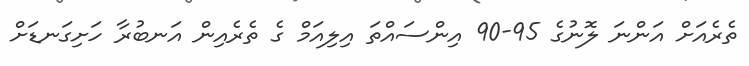
ތެރެއަށް އަންނަ ލޮނުގެ 95-90 އިންސައްތަ އިލިއަމް ގެ ތެރެއިން އަނބުރާ ހަށިގަނޑަށް